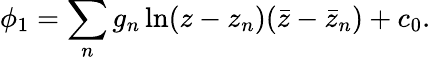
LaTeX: \phi_{1}=\sum_{n}g_{n}\ln(z-z_{n})(\bar{z}-\bar{z}_{n})+c_{0}.